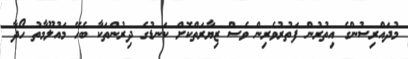
މުދައްރިސުންގެ އިތުރުން ފަތުރުވެރިން ވެސް ޒިޔާރަތްކޮށް ކަނޑުގެ ދިރުންތަކާ ބެހޭ މައުލޫމާތު ހޯދާ